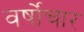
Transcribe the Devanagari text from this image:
वर्षोंचार